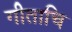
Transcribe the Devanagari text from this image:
गीताचि